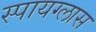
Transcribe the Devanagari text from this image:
स्पायग्लास